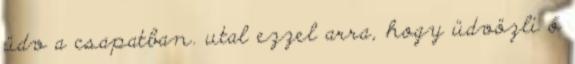
üdv a csapatban. utal ezzel arra, hogy üdvözli ő